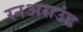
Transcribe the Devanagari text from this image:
रनअराउंड